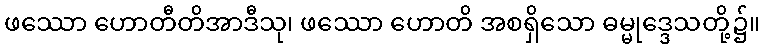
ဖဿော ဟောတီတိအာဒီသု၊ ဖဿော ဟောတိ အစရှိသော ဓမ္မုဒ္ဒေသတို့၌။